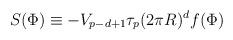
LaTeX: \begin{align*}S(\Phi)\equiv -V_{p-d+1}\tau_p(2\pi R)^df(\Phi)\end{align*}